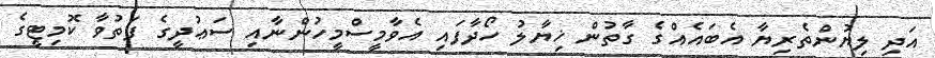
އަދި ލިޔުންތެރިޔާ އެބައެއްގެ ގާތުން ޚިޔާލު ހޯދާފައި އެވާމީސްމީހުންނާއި ސަޢުދީގެ ފަތުވާ ކޮމިޓީގެ